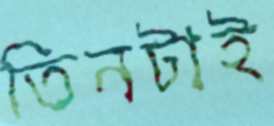
তিনটাই